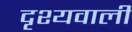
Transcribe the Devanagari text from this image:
दृश्यवाली